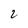
Character: 2